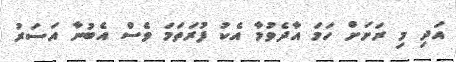
އަދި މި ރަށަށް ހަމަ އާދެވުމާ އެކު ފުރަތަމަ ވެސް އެބުނާ އަސަރު